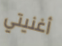
أغنيتي